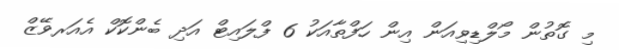
މި ގޮތުން މޯލްޑިވިއަން އިން ހަފްތާއަކު 6 ފްލައިޓް އަދި ބެންކޮކް އެއަރވޭޒް